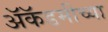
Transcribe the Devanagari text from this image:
अॅकॅडमीच्या